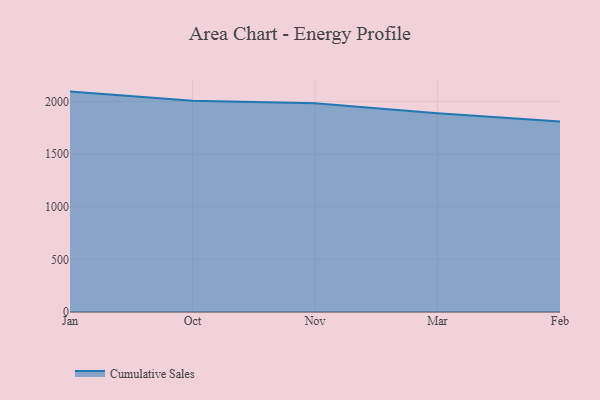
{"axis": {"x": "Month", "y": "Bounce Rate (%)"}, "legend": ["Cumulative Sales"], "data": [{"x": "Jan", "y": 2093.3, "type": "Cumulative Sales"}, {"x": "Oct", "y": 2006.4, "type": "Cumulative Sales"}, {"x": "Nov", "y": 1981.7, "type": "Cumulative Sales"}, {"x": "Mar", "y": 1888.2, "type": "Cumulative Sales"}, {"x": "Feb", "y": 1809.3, "type": "Cumulative Sales"}]}